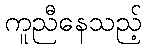
ကူညီနေသည့်